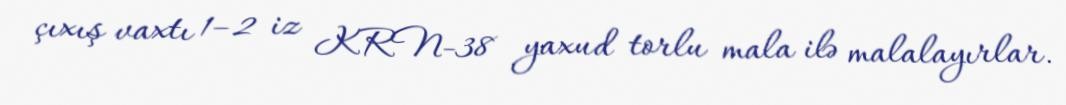
çıxış vaxtı 1–2 iz KRN-38 yaxud torlu mala ilə malalayırlar.